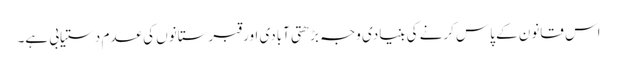
اس قانون کے پاس کرنے کی بنیادی وجہ بڑھتی آبادی اور قبرستانوں کی عدم دستیابی ہے۔